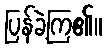
ပြန်ခဲ့ကြ၏။